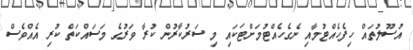
އުސޫލުތައް ހިފެހެއްޓުމާއި ނެގެހެއްޓުމަށްޓަކައި މި ސަރުކާރުން ކުރާ ވަރުގެ މަސައްކަތް ކުރި އެއްވެސް